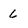
Character: 6